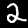
Label: 2